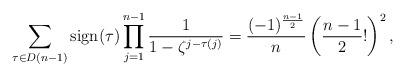
LaTeX: \begin{align*}\sum_{\tau \in D(n-1)} \operatorname{sign}(\tau) \prod_{j=1}^{n-1} \dfrac{1}{1-\zeta^{j-\tau(j)}}=\frac{(-1)^{\frac{n-1}{2}}}{n}\left(\frac{n-1}{2} !\right)^{2} , \end{align*}